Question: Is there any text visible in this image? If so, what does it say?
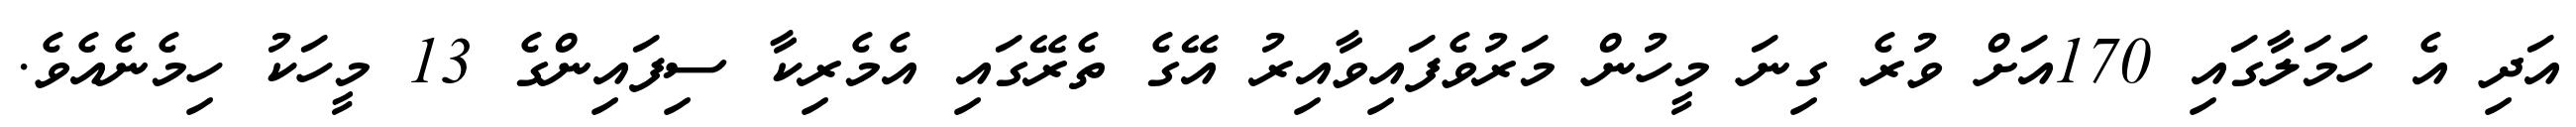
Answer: އަދި އެ ހަމަލާގައި 170އަށް ވުރެ ގިނަ މީހުން މަރުވެފައިވާއިރު އޭގެ ތެރޭގައި އެމެރިކާ ސިފައިންގެ 13 މީހަކު ހިމެނެއެވެ.